Vaccine operations Central Provinces 1886-1899 - 1886-1899
Year: 1886
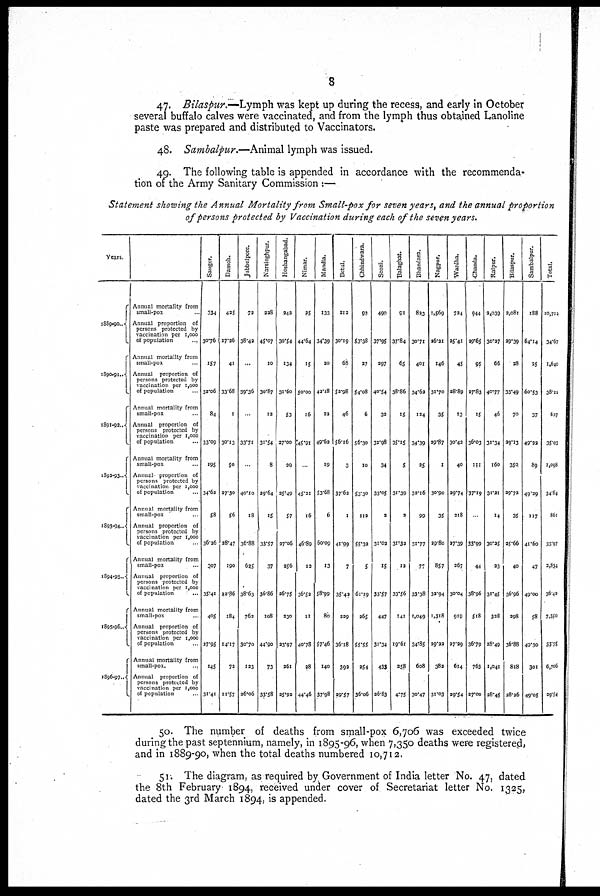
8
47. Bilaspur.—Lymph was kept up during the recess, and early in October
several buffalo calves were vaccinated, and from the lymph thus obtained Lanoline
paste was prepared and distributed to Vaccinators.
48. Sambalpur.—Animal lymph was issued.
49. The following table is appended in accordance with the recommenda¬
tion of the Army Sanitary Commission :—
Statement showing the Annual Mortality from Small-pox for seven years, and the annual proportion
of persons protected by Vaccination during each of the seven years.
Years.
1889-90.
1890-91..
1891-92..
1892-93..
1893-94..
1894-95..
1895-96..
1896-97 ..
Annual mortality from
small-pox ...
Annual proportion of
persons protected by
vaccination per 1,000
of population
...
Annual mortality from
small-pox ..
Annual proportion of
persons protected by
vaccination per 1,000
of population ...
Annual mortality from
small-pox ...
Annual proportion of
persons protected by
vaccination per 1,000
of population ...
Annual mortality from
small-pox ...
Annual proportion of
persons protected by
vaccination per 1,000
of population ...
Annual mortality from
small-pox ...
Annual proportion of
persons protected by
Vaccination per 1,000
of population ...
Annual mortality from
small-pox ...
Annual proportion of
persons protected by
vaccination per 1,000
of population
...
Annual mortality from
small-pox ...
Annual proportion of
persons protected by
vaccination per 1,000
of population ...
Annual mortality from
small-pox. ...
Annual proportion of
persons protected by
vaccination per 1,000
of population ...
Saugor.
334
30.76
157
32.06
84
33.09
195
34.62
58
36.26
307
35.41
405
27.95
145
31.41
Damoh.
425
27.26
41
33.68
1
30.13
50
27.30
56
28.47
190
22.86
184
1417
72
11.57
Jubbulpore.
72
38.42
...
39.36
...
33.71
...
40.10
18
36.88
625
38.63
762
30.70
123
26.06
Narsinghpur.
228
45.07
10
30.87
12
31.54
8
29.64
15
33.57
37
36.86
108
44.90
73
33.58
Hoshangabad.
243
30.54
134
31.60
53
27.00
20
25.49
57
27.06
256
26.75
230
23.97
261
25.92
Nimar.
25
44.64
15
50.00
16
45.91
...
45.21
16
46.89
13
36.52
11
40.78
28
44.46
Mandla.
133
34.39
20
42.18
32
49.62
19
53.68
6
60.09
13
58.99
80
57.46
140
37.98
Betul.
212
30.19
68
52.98
46
56.16
3
37.62
1
41.99
7
35.42
229
36.18
392
29.57
Chhindwara.
93
53.38
27
54.08
6
56.30
10
53.30
112
55.32
5
61.19
265
55.55
254
36.06
Seoni.
490
37.95
297
40.54
32
32.98
34
33.05
2
31.02
15
33.57
447
31.34
433
26.83
Balaghat.
91
37.84
65
38.86
15
35.15
5
31.39
3
31.32
12
33.56
141
19.61
258
4.75
Bhandara.
82.3
30.71
401
34.62
124
34.39
25
32.16
99
31.77
77
33.38
1,049
34.85
608
30.47
Nagpur.
1,569
26.21
146
31.70
35
29.87
1
30.90
35
29.80
857
32.94
1,318
29.22
382
31.03
Wardha.
734
25.41
45
28.89
13
30.43
40
29.74
218
27.39
267
30.04
919
27.29
614
29.54
Chanda.
944
29.65
95
27.83
15
36.03
111
37.19
...
33.99
44
38.96
518
36.79
763
27.00
Raipur.
2,039
30.27
66
40.77
46
31.34
160
31.21
14
30.25
23
31.45
328
28.49
1,041
28.45
Bilaspur.
2,081
29.39
28
33.49
70
29.13
350
29.72
35
25.66
40
36.96
298
36.88
818
28.26
Sambalpur.
188
64.14
25
60.53
37
49.22
89
49.39
117
41.60
47
49.00
58
49.30
301
49.05
Total.
10,712
34.67
1,640
38.22
637
35.03
1,098
34.64
865
33.97
3,834
36.43
7,350
33.75
6,706
29.54
50. The number of deaths from small-pox 6,706 was exceeded twice
during the past septennium, namely, in 1895-96, when 7,350 deaths were registered,
and in 1889-90, when the total deaths numbered 10,712.
51. The diagram, as required by Government of India letter No. 47, dated
the 8th February 1894, received under cover of Secretariat letter No. 1325,
dated the 3rd March 1894, is appended.